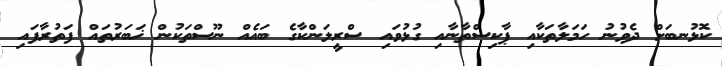
ކޮޅުނބަށް ދެވުނު ހަމަލާތަކާއި ޕާކިސްތާނާއި ގުޅުވައި ސްރީލަންކާގެ ބައެއް ނޫސްތަކުން ޚަބަރުތައް ފަތުރާފައި